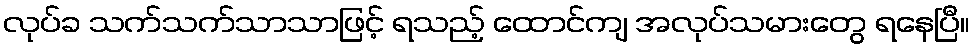
လုပ်ခ သက်သက်သာသာဖြင့် ရသည့် ထောင်ကျ အလုပ်သမားတွေ ရနေပြီ။